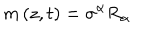
LaTeX: m \left( z , t \right) = \sigma ^ { \alpha } R _ { \alpha }